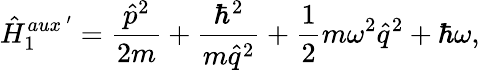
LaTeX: \hat{H}_{1}^{aux~^{\prime}}=\frac{\hat{p}^{2}}{2m}+\frac{\hbar^{2}}{m\hat{q}^{2}}+\frac{1}{2}m\omega^{2}\hat{q}^{2}+\hbar\omega,